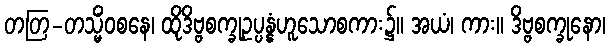
တတြ-တသ္မိံဝစနေ၊ ထိုဒိဗ္ဗစက္ခုဥပ္ပန္နံဟူသောစကား၌။ အယံ၊ ကား။ ဒိဗ္ဗစက္ခုနော၊